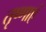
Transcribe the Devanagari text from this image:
तृष्णाएं